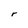
Character: r